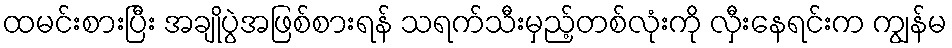
ထမင်းစားပြီး အချိုပွဲအဖြစ်စားရန် သရက်သီးမှည့်တစ်လုံးကို လှီးနေရင်းက ကျွန်မ